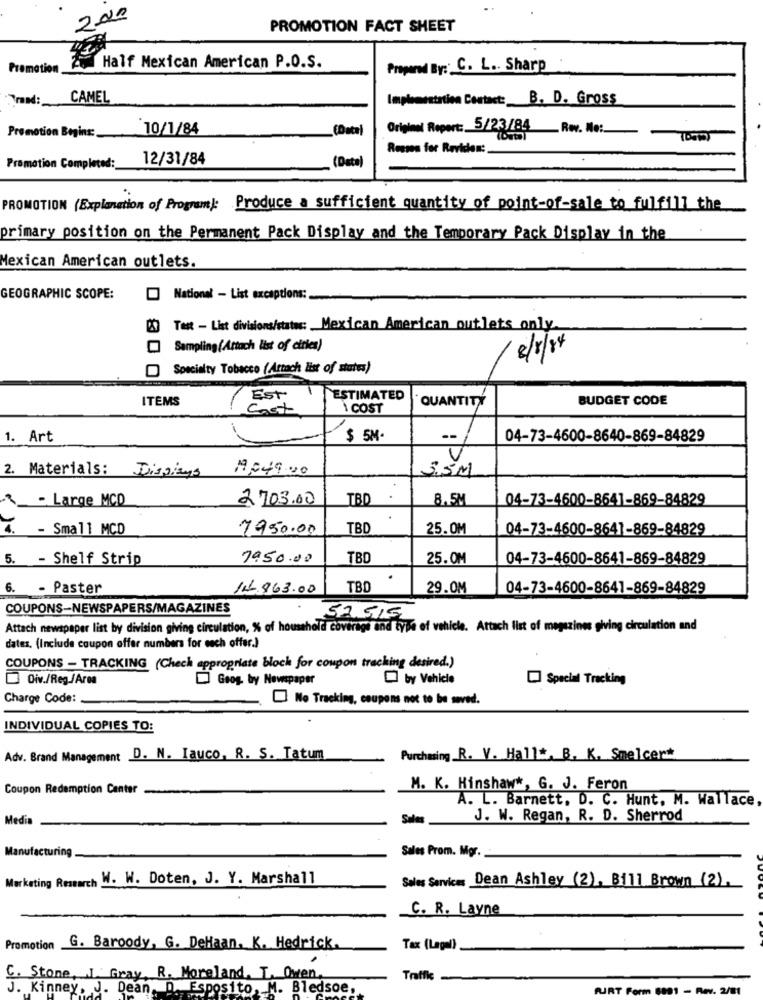
2.20
PROMOTION FACT SHEET
Promotion
Half Mexican American P.O.S.
Propernd By :: C. L .. Sharp
CAMEL
Implementation Contact: B. D. Gross
Promotion Begins :.
10/1/84
(Data)
Original Report: 5/23/84_Rev. No :.
Resses for Reviden:
12/31/84
(Data)
Promotion Completed:
PROMOTION (Explanation of Program): Produce a sufficient quantity of point-of-sale to fulfill the
primary position on the Permanent Pack Display and the Temporary Pack Display in the
Mexican American outlets.
GEOGRAPHIC SCOPE:
National - List exceptions:
29 Test - List divisions/status: Mexican American outlets_only
Sampling(Attach list of cities)
8/8/84
Specialty Tobacco (Artach list of states)
ITEMS
Est
ESTIMATED
BUDGET CODE
cast
1 COST
QUANTITY
1. Art
$ 5M
--
04-73-4600-8640-869-84829
2. Materials: Displays
1249.00
3,5M
_- Large MCD
2703.00
TBD
8.5M
04-73-4600-8641-869-84829
4. - Small MCD
7950.00
TBD
25.0M
04-73-4600-8641-869-84829
5. - Shelf Strip
7950.00
TBD
25.0M
04-73-4600-8641-869-84829
.
6. - Paster
14.963.00
TBD
29.0M
04-73-4600-8641-869-84829
COUPONS-NEWSPAPERS/MAGAZINES
52.515
Attach newspaper list by division giving circulation, % of household coverage and type of vehicle. Attach list of magazines giving circulation and
dates. (Include coupon offer numbers for each offer.)
COUPONS - TRACKING (Chech appropriate bloch for coupon tracking desired.)
Oiv./Reg./Area
Goog, by Newspaper
by Vehicle
Special Tracking
Charge Code:
No Tracking, coupons not to be saved.
INDIVIDUAL COPIES TO:
Adv. Brand Management D. N. Iauco, R. S. Tatum
Purchasing R. V. Hall *. B. K. Smelcert
Coupon Redemption Canter
M. K. Hinshaw *, G. J. Feron
A. L. Barnett. D. C. Hunt. M. Wallace
Media
Sales
J. W. Regan, R. D. Sherrod
Manufacturing
Sales Prom. Mgr.
Marketing Research W. W. Doten, J. Y. Marshall
Sales Services Dean Ashley (2), Bill Brown (2).
C. R. Layne
Promotion G. Baroody, G. DeHaan. K. Hedrick.
Tax (Lagal)
C. Stone, J. Gray, R. Moreland. T. Owen,
Traffic
J. Kinney, J. Dean. D. Esposito, M. Bledsoe,
ART Form 8891 - Rev. 2/81